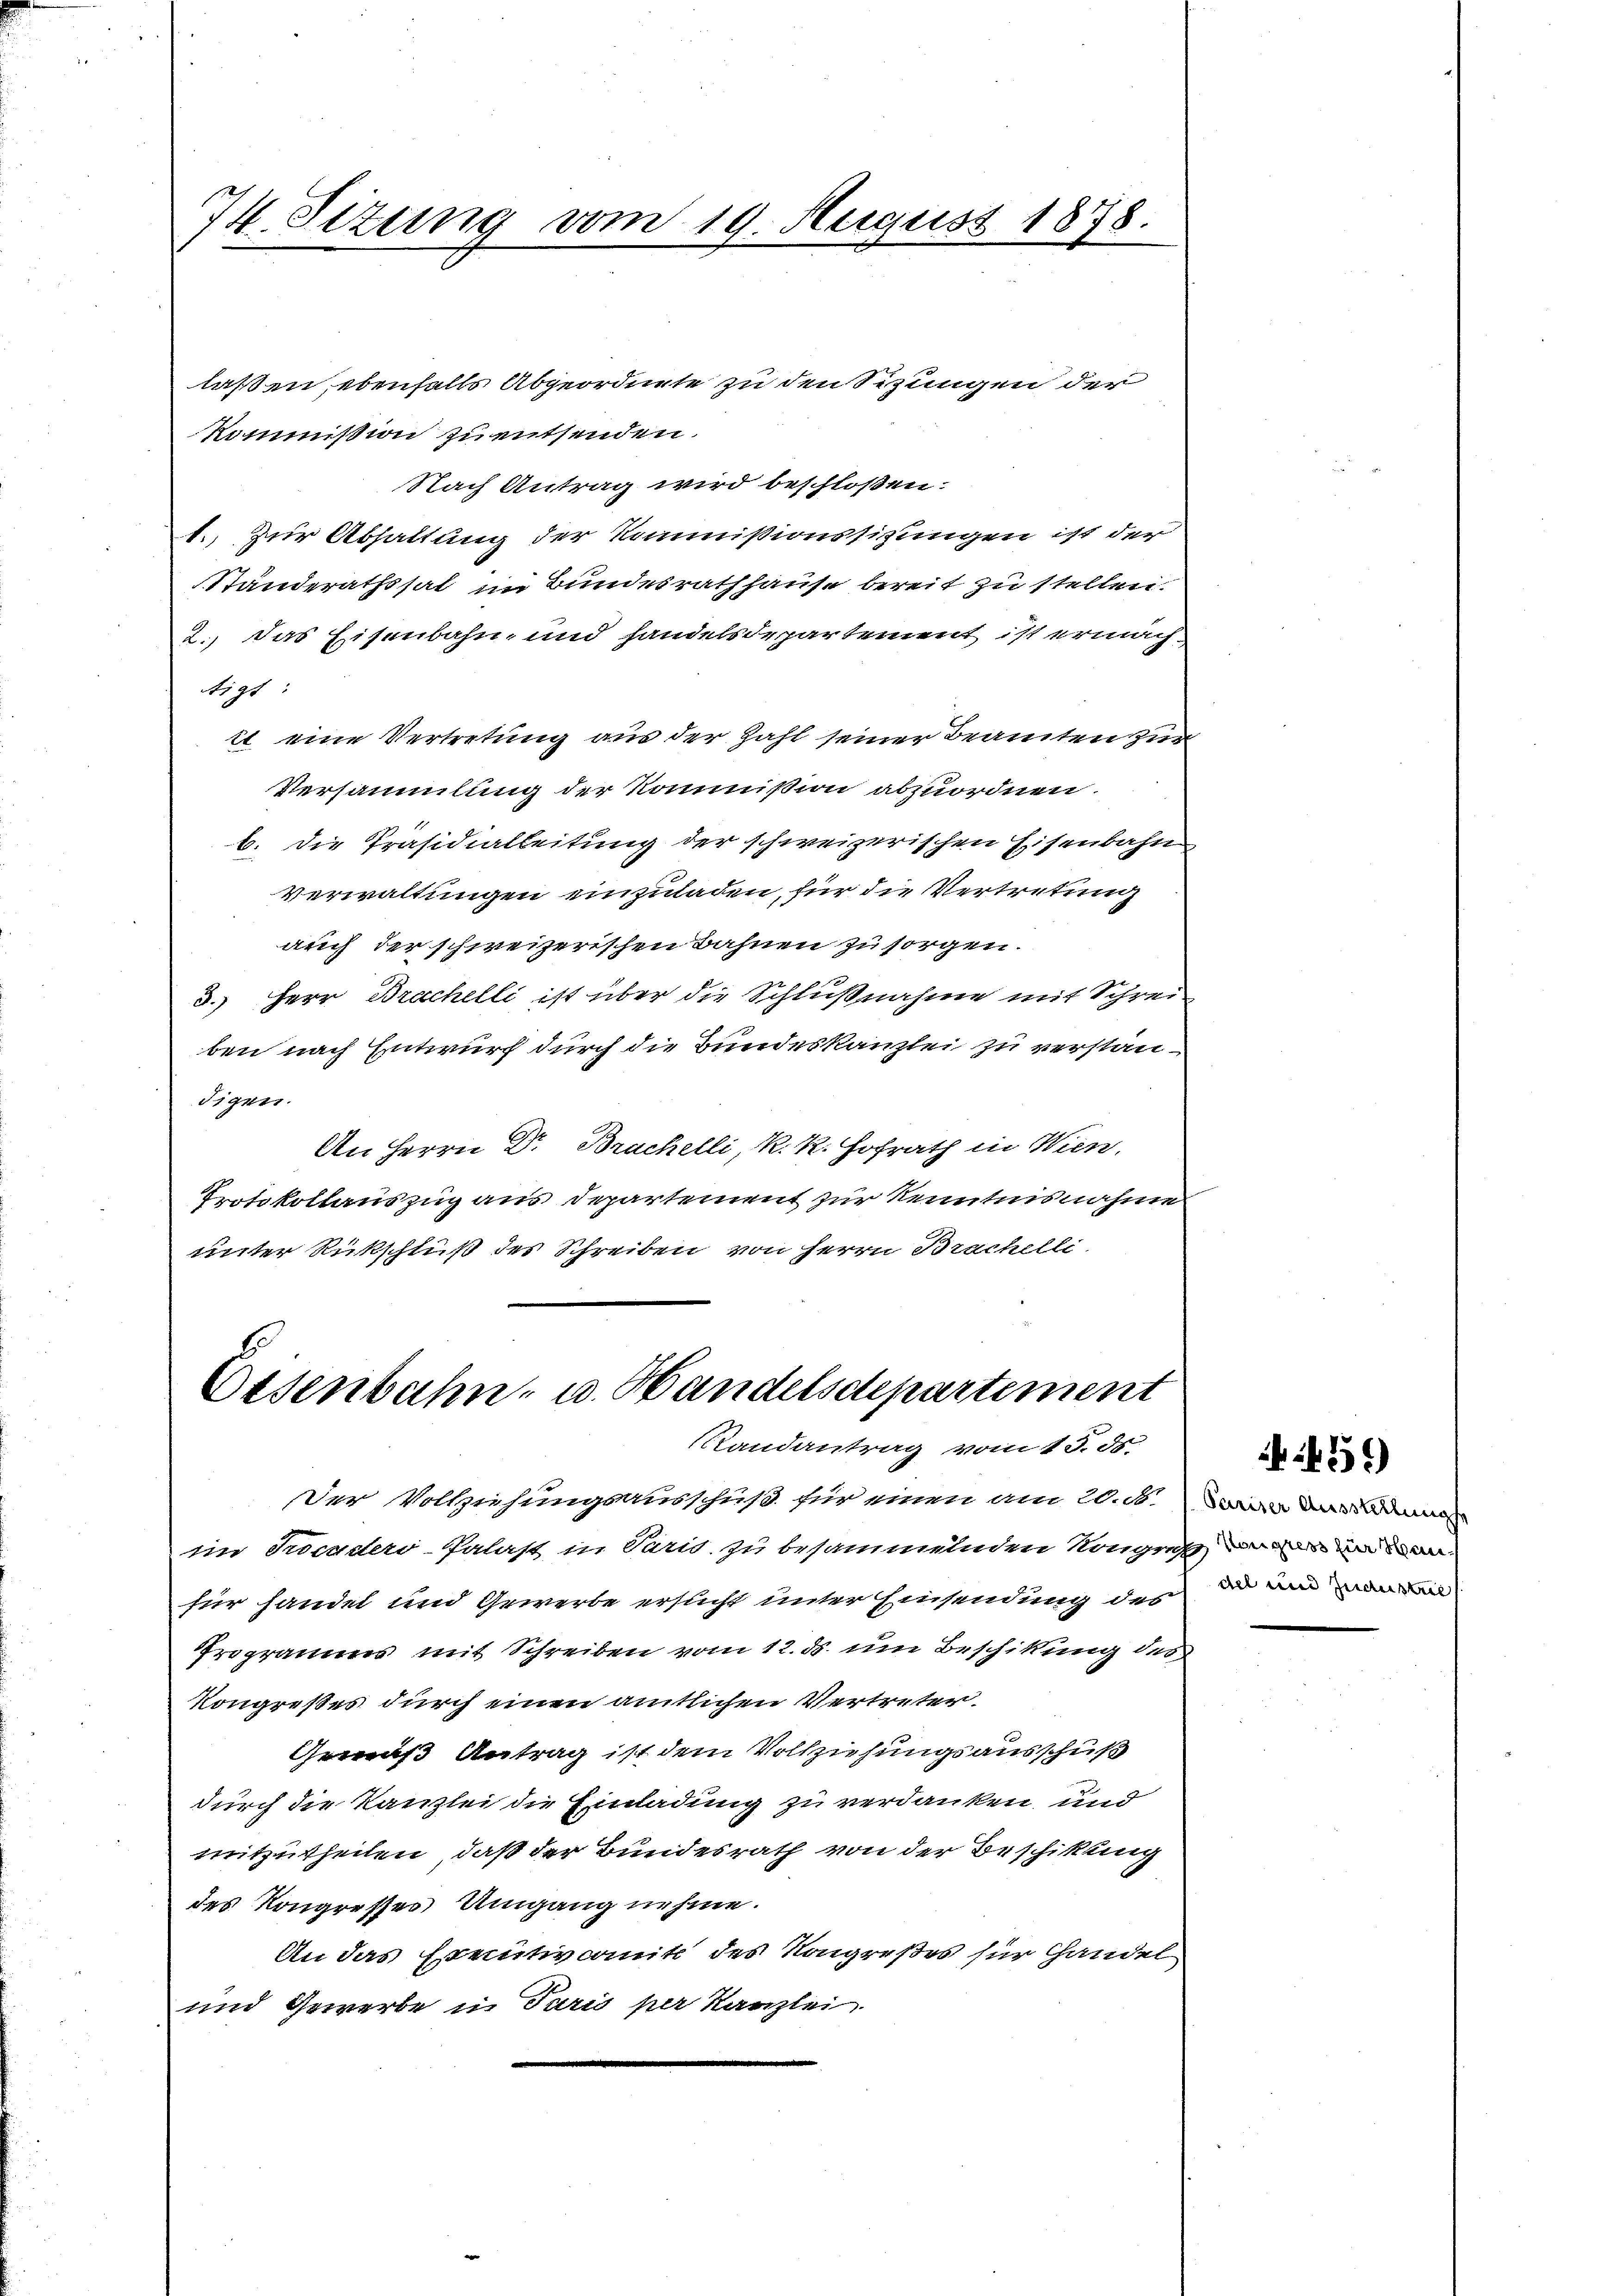
laßen, ebenfalls Abgeordnete zu den Sizungen der
Kommißion zu entsenden.
Nach Antrag wird beschloßen:
1.) Zur Abhaltung der Kommißionssizungen ist der
Ständerathssat im Bundesrath hause bereit zu stellen.
2.) Das Eisenbahn- und handelsdepartement ist ernach
tigt:
it eine Vertretung aus der Zahl seiner Beamten zur
Versammlung der Kommißion abzuordnen.
b. Die Präsidialleitung der schweizerischen Eisenbahn
verwaltungen einzuladen, für die Vertretung
auch der schweizerischen Bahnen zu sorgen.
3.) Herr Brachelli ist über die Schlußnahme mit Schrei
ben nach Entwurf durch die Bundeskanzlei zu verständigen.
An Herrn Dr Bruchelli, R. R. Hofrath in Wien.
Protokollauszug aus Departement zur Kenntnisnahme
unter Rückschluß des Schreiben von Herrn Brachelli

74. Situng vom 19. August 1878.

Eisenbahn- u. Handelsdepartement
Randantrag vom 13. ds

Der Vollziehungsausschuß für einen am 20. ds.
ein Proceder-Palast in Paris, zu besammenden Kongressenen
für handel und Gewerbe ersucht unter Einsendung des
Programms mit Schreiben vom 12. ds. um Beschikung des
Kongreßes durch einen amtlichen Vertreter.
Gemäß Antrag ist dem Vollziehungsausschuß
durch die Kanzlei die Einladung zu verdanken, und
mitzutheilen, daß der Bundesrath von der Beschikung
des Kongresses Umgang nehme.
An das Executivcomit des Kongreßes für handel
und Gewerbe in Paris per Kanzlei

35)

Pariser Ausstellung
del und Jndustre